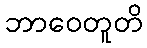
ဘာဝေတူတိ